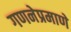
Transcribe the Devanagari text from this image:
गणनेप्रमाणे